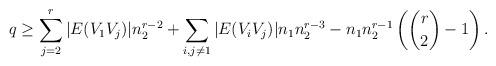
LaTeX: \begin{align*}q\geq \sum_{j=2}^r |E(V_1V_j)|n_2^{r-2} + \sum_{i,j\neq 1} |E(V_iV_j)|n_1n_2^{r-3} - n_1n_2^{r-1}\left( \binom{r}{2} - 1 \right).\end{align*}